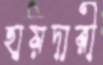
হায়দারী